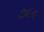
૭૯૯